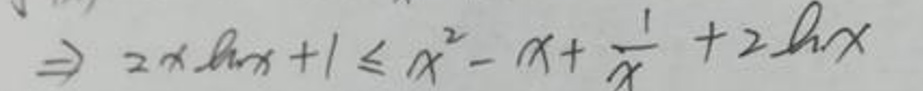
\[ \Rightarrow 2x\ln x + 1\leq x^{2}-x+\frac{1}{x}+2\ln x \]